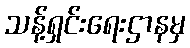
သန့်ရှင်းရေးဌာနမှ